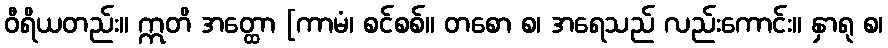
ဝီရိယတည်း။ ဣတိ အတ္ထော [ကာမံ၊ စင်စစ်။ တစော စ၊ အရေသည် လည်းကောင်း။ နှာရု စ၊